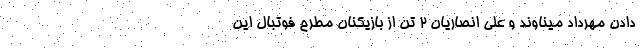
دادن مهرداد میناوند و علی انصاریان ۲ تن از بازیکنان مطرح فوتبال این